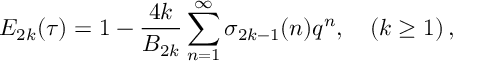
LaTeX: E _ { 2 k } ( \tau ) = 1 - \frac { 4 k } { B _ { 2 k } } \sum _ { n = 1 } ^ { \infty } \sigma _ { 2 k - 1 } ( n ) q ^ { n } , \quad ( k \ge 1 ) \, ,